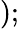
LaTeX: );